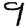
Digit: 9